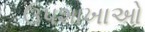
ઉપશાખાઓ